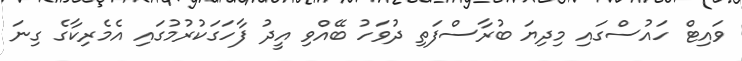
ވައިޓް ހައުސްގައި މިދިޔަ ބުރާސްފަތި ދުވަހު ބޭއްވި އީދު ފާހަގަކުރުމުގައި އެމެރިކާގެ ގިނަ